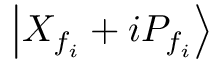
\left| { { X } _ { { f } _ { i } } } + i { { P } _ { { f } _ { i } } } \right\rangle